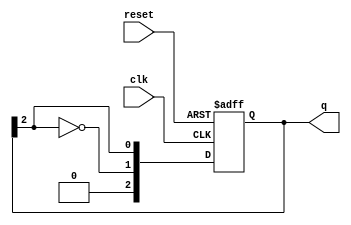
module johnson_counter #(
    parameter N = 3  // Number of flip-flops
) (
    input wire clk,       // Clock signal
    input wire reset,     // Asynchronous reset signal
    output reg [N-1:0] q // Output state of the counter
);

    always @(posedge clk or posedge reset) begin
        if (reset) begin
            q <= 0; // Reset the counter to 0
        end else begin
            q <= {~q[N-1], q[N-1:N-1]}; // Shift left and feed inverted last bit
        end
    end

endmodule